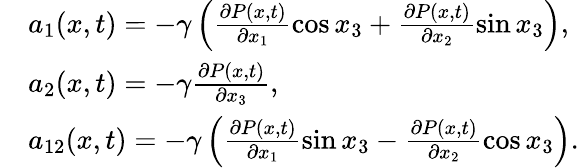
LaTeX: \begin{array}{rl}&{a_{1}(x,t)=-\gamma\left(\frac{\partial P(x,t)}{\partial x_{1}}\cos x_{3}+\frac{\partial P(x,t)}{\partial x_{2}}\sin x_{3}\right),}\\ &{a_{2}(x,t)=-\gamma\frac{\partial P(x,t)}{\partial x_{3}},}\\ &{a_{12}(x,t)=-\gamma\left(\frac{\partial P(x,t)}{\partial x_{1}}\sin x_{3}-\frac{\partial P(x,t)}{\partial x_{2}}\cos x_{3}\right).}\end{array}